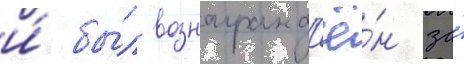
и́ бы́л вознагражд'ё́н за́